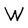
Character: W